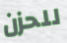
للحزن